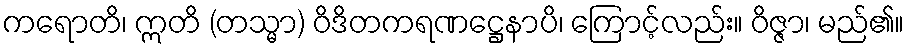
ကရောတိ၊ ဣတိ (တသ္မာ) ဝိဒိတကရဏဋ္ဌေနာပိ၊ ကြောင့်လည်း။ ဝိဇ္ဇာ၊ မည်၏။